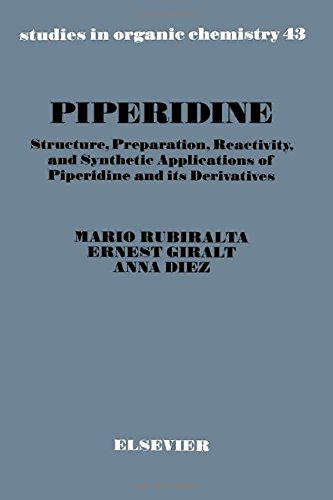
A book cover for Piperidine: Structure, Preparation, Reactivity, and Synthetic Applications of Piperidine and its Derivatives (Studies in Organic Chemistry); M. Rubiralta; Science & Math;